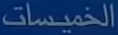
الخميسات